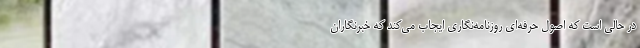
در حالی است که اصول حرفه‌ای روزنامه‌نگاری ایجاب می‌کند که خبرنگاران